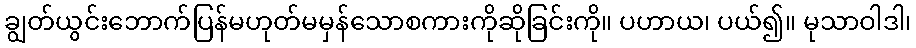
ချွတ်ယွင်းဘောက်ပြန်မဟုတ်မမှန်သောစကားကိုဆိုခြင်းကို။ ပဟာယ၊ ပယ်၍။ မုသာဝါဒါ၊